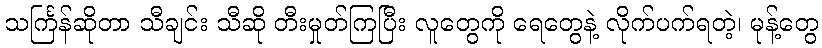
သင်္ကြန်ဆိုတာ သီချင်း သီဆို တီးမှုတ်ကြပြီး လူတွေကို ရေတွေနဲ့ လိုက်ပက်ရတဲ့၊ မုန့်တွေ